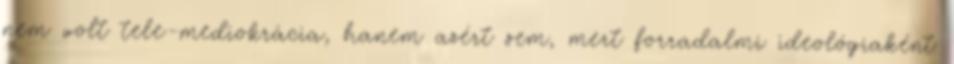
nem volt tele-mediokrácia, hanem azért sem, mert forradalmi ideológiaként